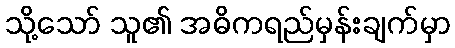
သို့သော် သူ၏ အဓိကရည်မှန်းချက်မှာ